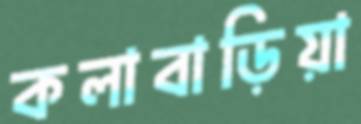
কলাবাড়িয়া